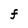
Character: f